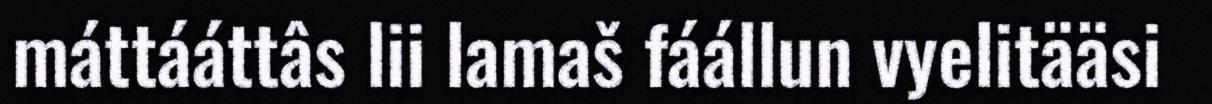
máttááttâs lii lamaš fáállun vyelitääsi